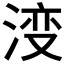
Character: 𣷷